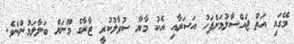
މޭގައި އަތް ޖައްސާލުމަށްފަހު އަސަރާއި އެކު މާޔާ ސުވާލުކުރީ ޒާރާގެ މޫނަށް ބަލާލަމުންނެވެ.